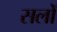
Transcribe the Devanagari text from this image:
सलों